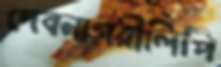
দেবনাগরীলিপি